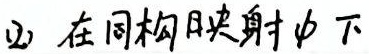
(2) 在同构映射\(\phi\)下